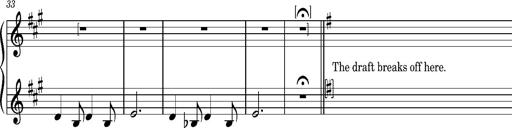
Title: La mandragore
Composer: Franz Liszt